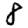
Digit: 8